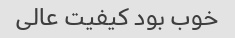
خوب بود کیفیت عالی